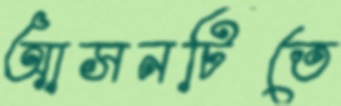
আসনটিতে